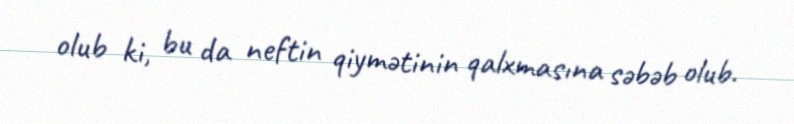
olub ki, bu da neftin qiymətinin qalxmasına səbəb olub.